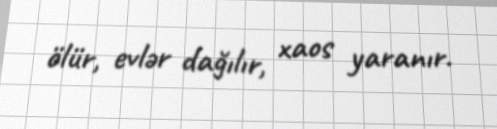
ölür, evlər dağılır, xaos yaranır.